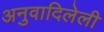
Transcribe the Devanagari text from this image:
अनुवादिलेली